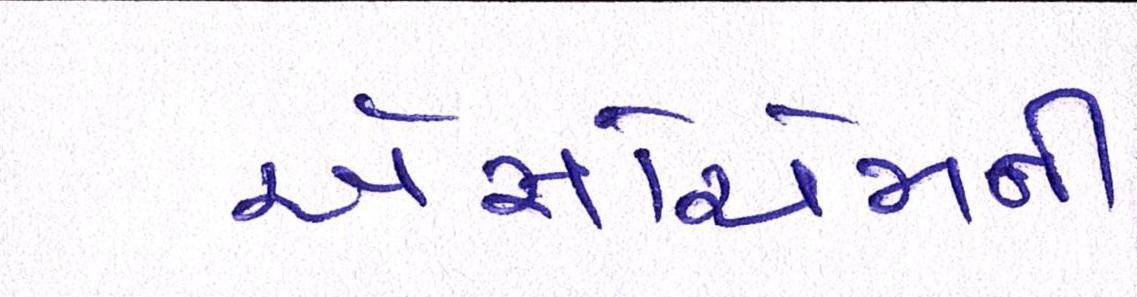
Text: એસોચેમની